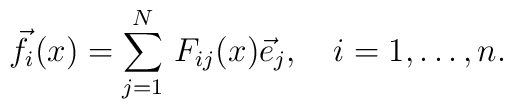
{\vec f}_i(x)=\sum_{j=1}^N\, F_{ij}(x){\vec e}_j,\quad i=1,\ldots,n.